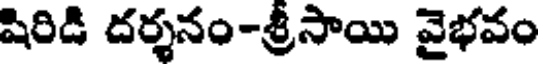
షిరిడి దర్శనం-శ్రీసాయి వైభవం